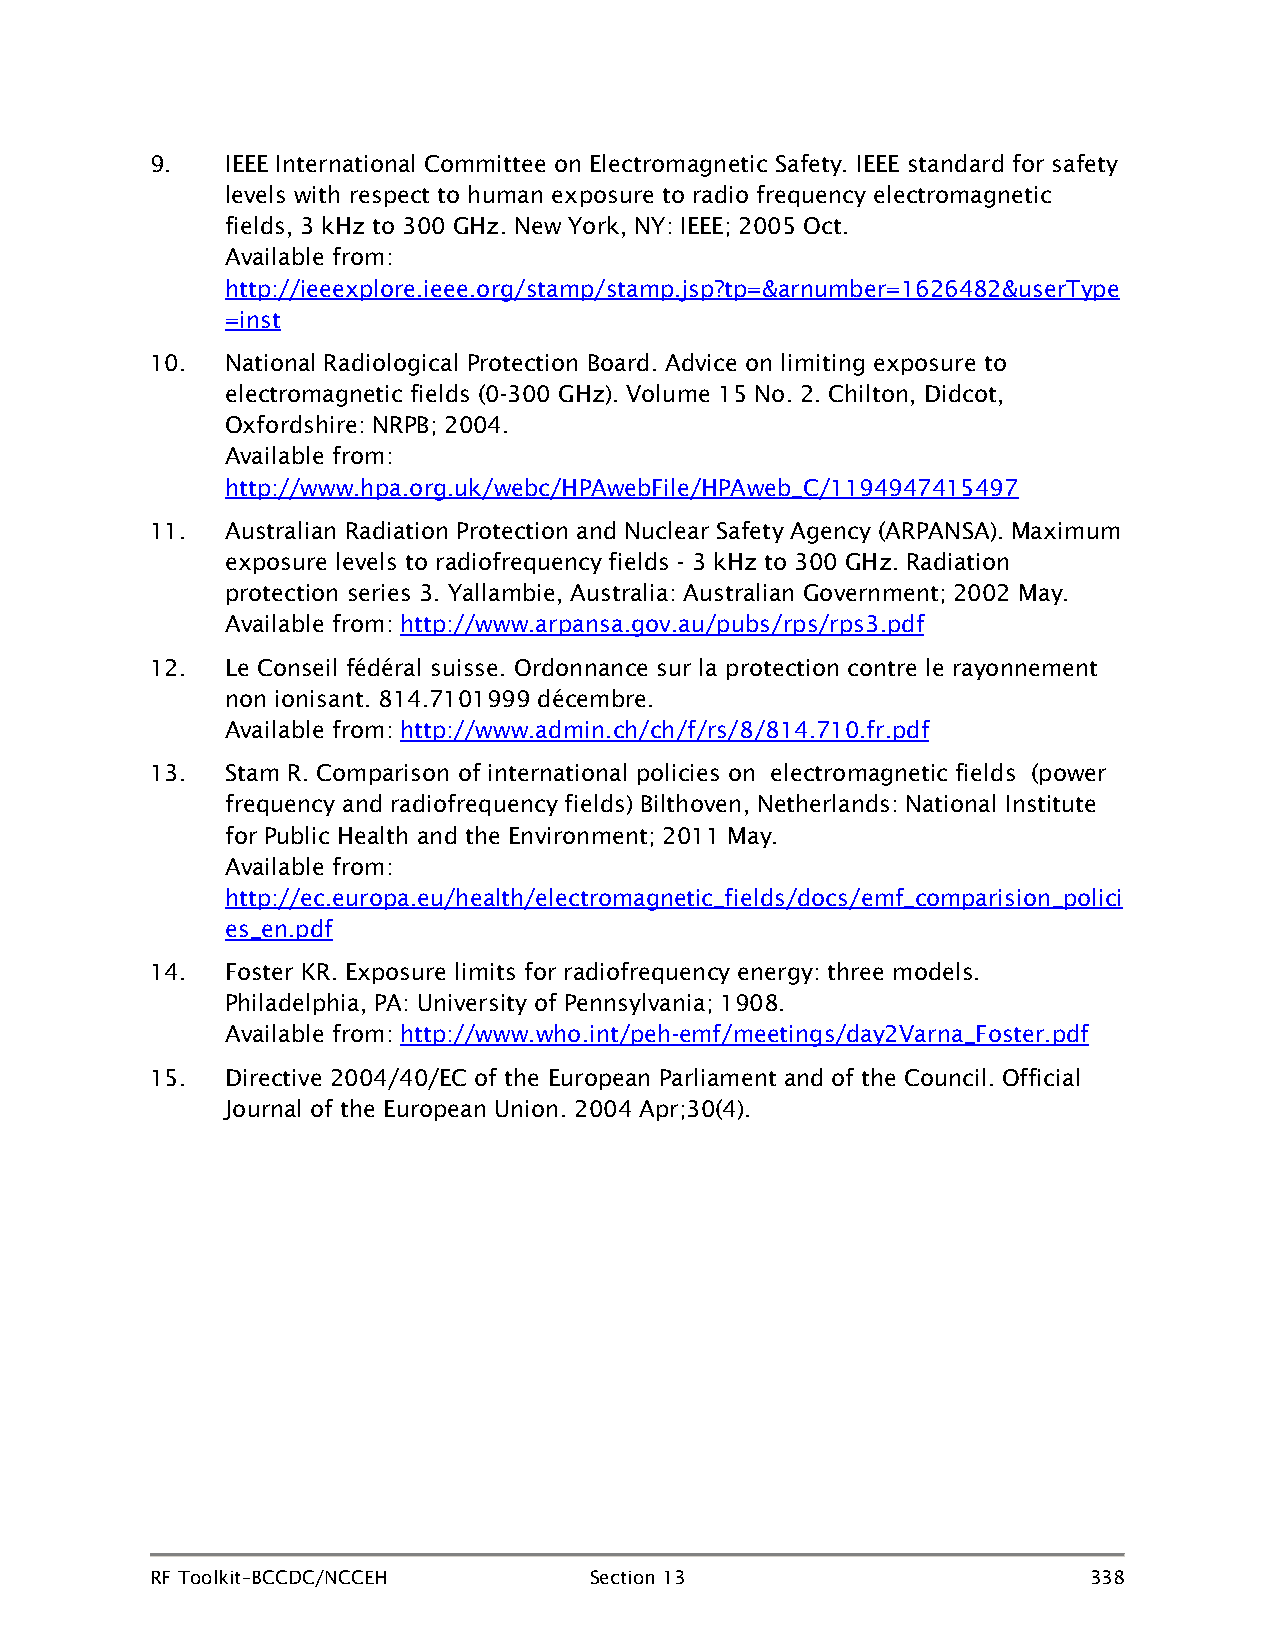
9.   IEEE International Committee on Electromagnetic Safety. IEEE standard for safety
 levels with respect to human exposure to radio frequency electromagnetic
 fields, 3 kHz to 300 GHz. New York, NY: IEEE; 2005 Oct.
 Available from:
 http://ieeexplore.ieee.org/stamp/stamp.jsp?tp=&arnumber=1626482&userType
 =inst
 10.  National Radiological Protection Board. Advice on limiting exposure to
 electromagnetic fields (0-300 GHz). Volume 15 No. 2. Chilton, Didcot,
 Oxfordshire: NRPB; 2004.
 Available from:
 http://www.hpa.org.uk/webc/HPAwebFile/HPAweb_C/1194947415497
 11.  Australian Radiation Protection and Nuclear Safety Agency (ARPANSA). Maximum
 exposure levels to radiofrequency fields - 3 kHz to 300 GHz. Radiation
 protection series 3. Yallambie, Australia: Australian Government; 2002 May.
 Available from: http://www.arpansa.gov.au/pubs/rps/rps3.pdf
 12.  Le Conseil fédéral suisse. Ordonnance sur la protection contre le rayonnement
 non ionisant. 814.7101999 décembre.
 Available from: http://www.admin.ch/ch/f/rs/8/814.710.fr.pdf
 13.  Stam R. Comparison of international policies on electromagnetic fields (power
 frequency and radiofrequency fields) Bilthoven, Netherlands: National Institute
 for Public Health and the Environment; 2011 May.
 Available from:
 http://ec.europa.eu/health/electromagnetic_fields/docs/emf_comparision_polici
 es_en.pdf
 14.  Foster KR. Exposure limits for radiofrequency energy: three models.
 Philadelphia, PA: University of Pennsylvania; 1908.
 Available from: http://www.who.int/peh-emf/meetings/day2Varna_Foster.pdf
 15.  Directive 2004/40/EC of the European Parliament and of the Council. Official
 Journal of the European Union. 2004 Apr;30(4).
 RF Toolkit–BCCDC/NCCEH       Section 13                       338